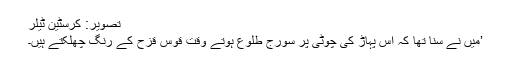
تصویر: کرسٹین ٹیلر
’میں نے سنا تھا کہ اس پہاڑ کی چوٹی پر سورج طلوع ہوتے وقت قوس قزح کے رنگ چھلکتے ہیں۔